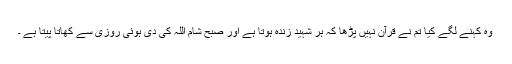
وہ کہنے لگے کیا تم نے قرآن نہیں پڑھا کہ ہر شہید زندہ ہوتا ہے اور صبح شام اللہ کی دی ہوئی روزی سے کھاتا پیتا ہے ۔